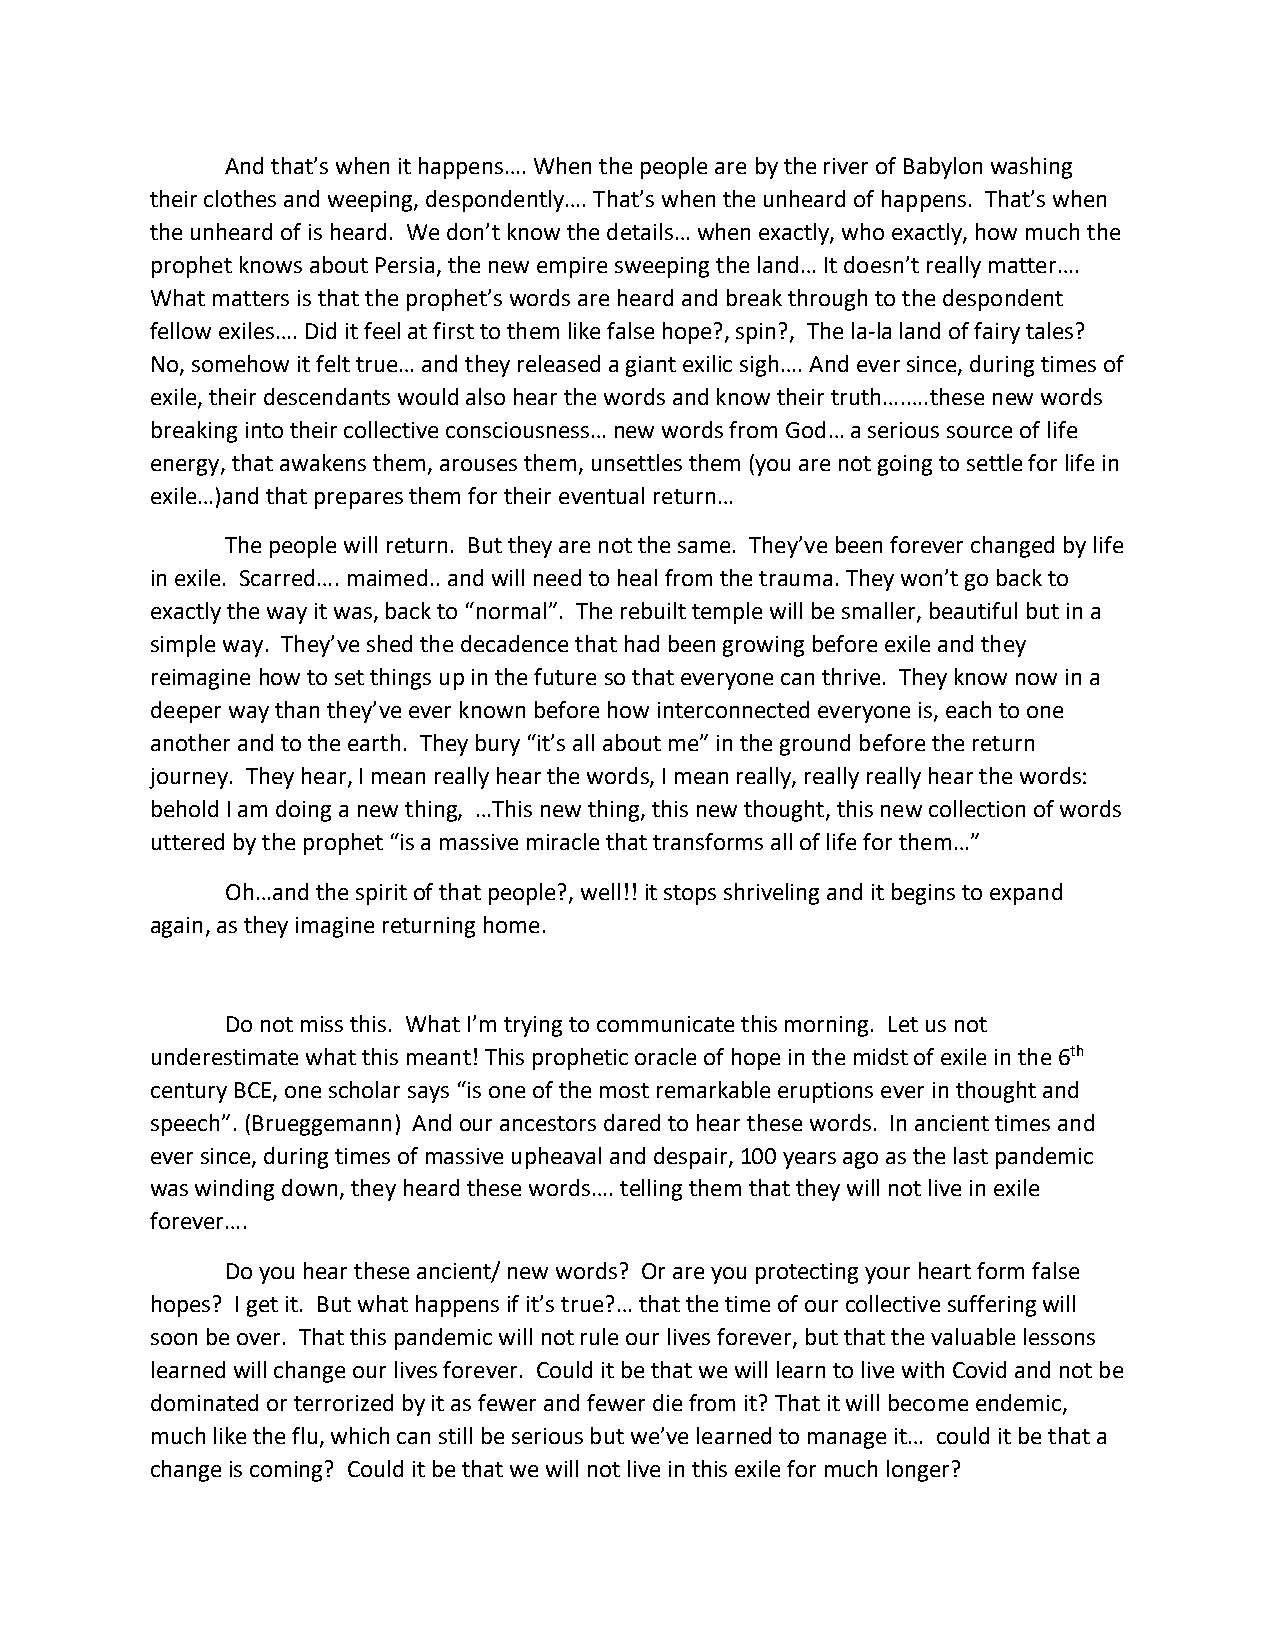
And that’s when it happens…. When the people are by the river of Babylon washing
 their clothes and weeping, despondently…. That’s when the unheard of happens. That’s when
 the unheard of is heard. We don’t know the details… when exactly, who exactly, how much the
 prophet knows about Persia, the new empire sweeping the land… It doesn’t really matter….
 What matters is that the prophet’s words are heard and break through to the despondent
 fellow exiles…. Did it feel at first to them like false hope?, spin?, The la-la land of fairy tales?
 No, somehow it felt true… and they released a giant exilic sigh…. And ever since, during times of
 exile, their descendants would also hear the words and know their truth….….these new words
 breaking into their collective consciousness… new words from God… a serious source of life
 energy, that awakens them, arouses them, unsettles them (you are not going to settle for life in
 exile…)and that prepares them for their eventual return…
 The people will return. But they are not the same. They’ve been forever changed by life
 in exile. Scarred…. maimed.. and will need to heal from the trauma. They won’t go back to
 exactly the way it was, back to “normal”. The rebuilt temple will be smaller, beautiful but in a
 simple way. They’ve shed the decadence that had been growing before exile and they
 reimagine how to set things up in the future so that everyone can thrive. They know now in a
 deeper way than they’ve ever known before how interconnected everyone is, each to one
 another and to the earth. They bury “it’s all about me” in the ground before the return
 journey. They hear, I mean really hear the words, I mean really, really really hear the words:
 behold I am doing a new thing, …This new thing, this new thought, this new collection of words
 uttered by the prophet “is a massive miracle that transforms all of life for them…”
 Oh…and the spirit of that people?, well!! it stops shriveling and it begins to expand
 again, as they imagine returning home.
 Do not miss this. What I’m trying to communicate this morning. Let us not
 underestimate what this meant! This prophetic oracle of hope in the midst of exile in the 6th
 century BCE, one scholar says “is one of the most remarkable eruptions ever in thought and
 speech”. (Brueggemann) And our ancestors dared to hear these words. In ancient times and
 ever since, during times of massive upheaval and despair, 100 years ago as the last pandemic
 was winding down, they heard these words…. telling them that they will not live in exile
 forever….
 Do you hear these ancient/ new words? Or are you protecting your heart form false
 hopes? I get it. But what happens if it’s true?… that the time of our collective suffering will
 soon be over. That this pandemic will not rule our lives forever, but that the valuable lessons
 learned will change our lives forever. Could it be that we will learn to live with Covid and not be
 dominated or terrorized by it as fewer and fewer die from it? That it will become endemic,
 much like the flu, which can still be serious but we’ve learned to manage it… could it be that a
 change is coming? Could it be that we will not live in this exile for much longer?